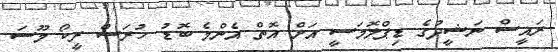
ރައީސް ނަޝީދުގެ ޑިޕްލޮމަސީ އަށް އޮތް އެންމެ ބޮޑު ހުރަސް ރީކޯ މޫސަ